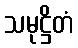
သမုဋ္ဌိတံ